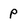
Character: P